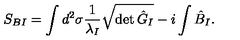
S _ { B I } = \int d ^ { 2 } \sigma \frac { 1 } { \lambda _ { I } } \sqrt { \det { \hat { G } } _ { I } } - i \int \hat { B } _ { I } .